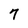
Character: 7